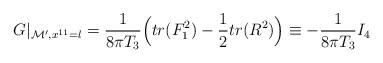
LaTeX: \begin{align*}G\vert_{{\cal M}', x^{11}=l}={{1}\over{8\pi T_3}}\Big(tr(F^2_1)-{{1}\over{2}}tr(R^2)\Big)\equiv -{{1}\over{8\pi T_3}} I_4\end{align*}